Annual report of the Punjab Veterinary College and of the Civil Veterinary Department, Punjab - 1909-1919
Year: 1909
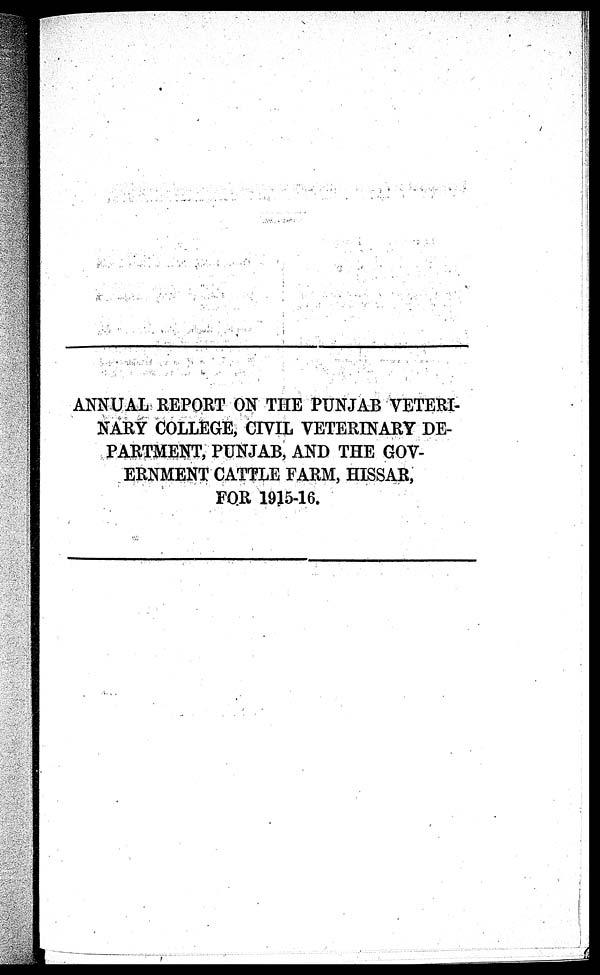
ANNUAL REPORT ON THE PUNJAB VETERI-
NARY COLLEGE, CIVIL VETERINARY DE-
PARTMENT, PUNJAB, AND THE GOV-
ERNMENT CATTLE FARM, HISSAR,
FOR 1915-16.